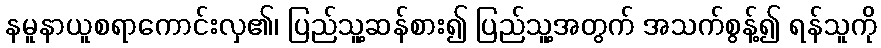
နမူနာယူစရာကောင်းလှ၏၊ ပြည်သူ့ဆန်စား၍ ပြည်သူ့အတွက် အသက်စွန့်၍ ရန်သူကို